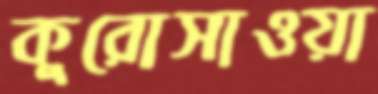
কুরোসাওয়া